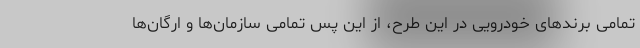
تمامی برندهای خودرویی در این طرح، از این پس تمامی سازمان‌ها و ارگان‌ها